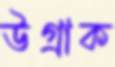
উগ্‌রাক